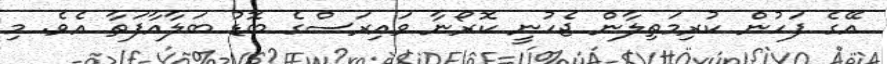
އޭގެ ފަހުން ކުރިމަތިލާން ޖެހުނީ ކޮރޯނާ ވައިރަސްގެ ބޮޑު ބަލާއާފަތާ އެވެ. މި